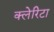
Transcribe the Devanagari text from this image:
क्लेरिटा